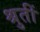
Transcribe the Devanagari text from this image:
श्रुतीं